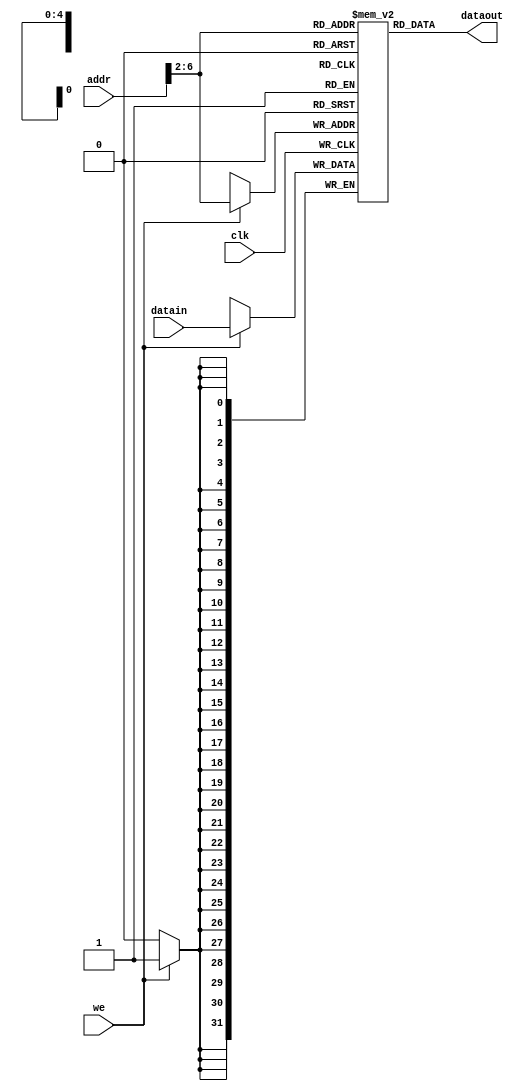
`timescale 1ns / 1ps
//////////////////////////////////////////////////////////////////////////////////
// Company: 
// Engineer: 
// 
// Design Name: 
// Module Name:    IP_RAM 
// Project Name: 
// Target Devices: 
// Tool versions: 
// Description: 
//
// Dependencies: 
//
// Revision: 
// Revision 0.01 - File Created
// Additional Comments: 
//
//////////////////////////////////////////////////////////////////////////////////
module IP_RAM(we,addr,datain,clk,dataout
	);
	input [31:0] datain;
	input [31:0] addr;
	input clk,we;
	output [31:0] dataout;
	reg [31:0] ram [0:31];
	assign dataout=ram[addr[6:2]];
	always @(posedge clk)begin
	if(we)ram[addr[6:2]]=datain;
	end
	integer i;
	initial begin
	for(i=0;i<32;i=i+1)
		ram[i]=0;
/*   	ram[5'h00]=32'hBF800000;
		ram[5'h14]=32'hBF8000a3;
		ram[5'h15]=32'hBF800027;
		ram[5'h16]=32'hBF800079;
		ram[5'h17]=32'hBF800115; */
		end
endmodule